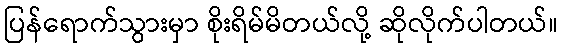
ပြန်ရောက်သွားမှာ စိုးရိမ်မိတယ်လို့ ဆိုလိုက်ပါတယ်။